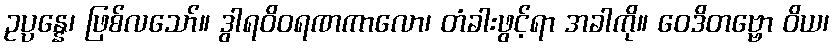
ဥပ္ပန္နေ၊ ဖြစ်လသော်။ ဒွါရဝိဝရဏကာလော၊ တံခါးဖွင့်ရာ အခါကို။ ဝေဒိတဗ္ဗော ဝိယ၊